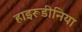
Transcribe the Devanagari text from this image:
हाइरूडीनिया